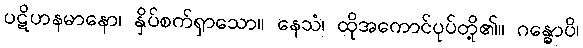
ပဋိဟနမာနော၊ နှိပ်စက်ရှာသော။ နေသံ၊ ထိုအကောင်ပုပ်တို့၏။ ဂန္ဓောပိ၊